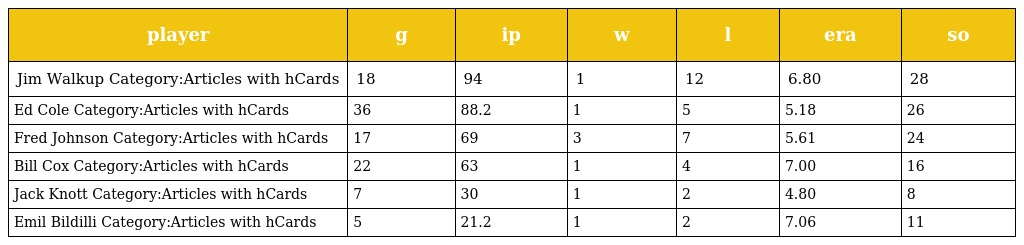
| player | g | ip | w | l | era | so |
 | --- | --- | --- | --- | --- | --- | --- |
 | Jim Walkup Category:Articles with hCards | 18 | 94 | 1 | 12 | 6.80 | 28 |
 | Ed Cole Category:Articles with hCards | 36 | 88.2 | 1 | 5 | 5.18 | 26 |
 | Fred Johnson Category:Articles with hCards | 17 | 69 | 3 | 7 | 5.61 | 24 |
 | Bill Cox Category:Articles with hCards | 22 | 63 | 1 | 4 | 7.00 | 16 |
 | Jack Knott Category:Articles with hCards | 7 | 30 | 1 | 2 | 4.80 | 8 |
 | Emil Bildilli Category:Articles with hCards | 5 | 21.2 | 1 | 2 | 7.06 | 11 |